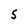
Character: 5